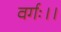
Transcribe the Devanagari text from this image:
वर्गः।।